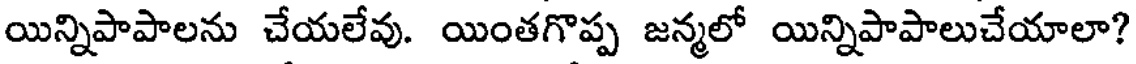
యిన్నిపాపాలను చేయలేవు. యింతగొప్ప జన్మలో యిన్నిపాపాలుచేయాలా?